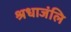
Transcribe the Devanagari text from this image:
श्रधाजंलि